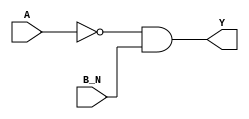
module sky130_fd_sc_hd__nor2b (
    Y  ,
    A  ,
    B_N
);

    // Module ports
    output Y  ;
    input  A  ;
    input  B_N;

    // Local signals
    wire not0_out  ;
    wire and0_out_Y;

    //  Name  Output      Other arguments
    not not0 (not0_out  , A              );
    and and0 (and0_out_Y, not0_out, B_N  );
    buf buf0 (Y         , and0_out_Y     );

endmodule